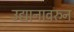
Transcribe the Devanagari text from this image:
उद्यानावरुन